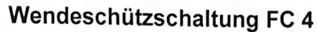
Text: Wendeschützschaltung FC 4